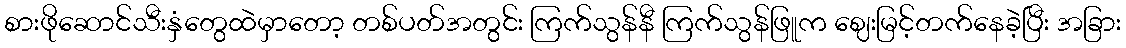
စားဖိုဆောင်သီးနှံတွေထဲမှာတော့ တစ်ပတ်အတွင်း ကြက်သွန်နီ ကြက်သွန်ဖြူက ဈေးမြင့်တက်နေခဲ့ပြီး အခြား